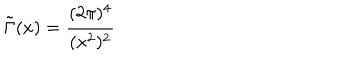
\tilde { \Gamma } ( x ) = \frac { ( 2 \pi ) ^ { 4 } } { ( x ^ { 2 } ) ^ { 2 } }